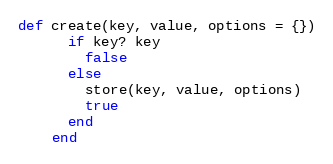
Language: Ruby
def create(key, value, options = {})
      if key? key
        false
      else
        store(key, value, options)
        true
      end
    end